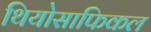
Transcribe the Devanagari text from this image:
थियोसाफिकल